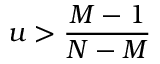
u > \frac { M - 1 } { N - M }